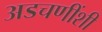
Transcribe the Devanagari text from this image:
अडचणींशी